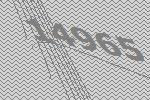
14965